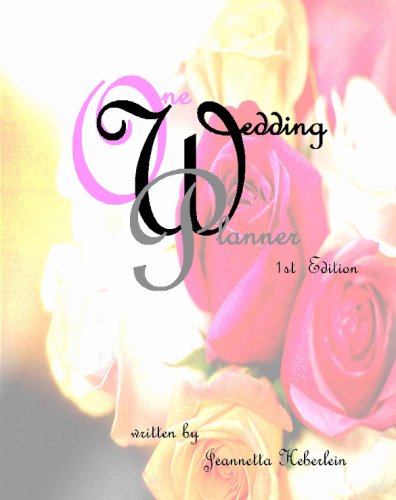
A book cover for One Wedding Planner: Step By Step Guide For Planning Weddings In Excellence; Jeannetta Heberlein; Crafts, Hobbies & Home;